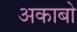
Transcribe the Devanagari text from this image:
अकाबो